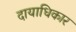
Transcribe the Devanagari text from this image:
दायाधिकार